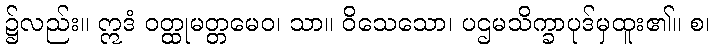
၌လည်း။ ဣဒံ ဝတ္ထုမတ္တမေဝ၊ သာ။ ဝိသေသော၊ ပဌမသိက္ခာပုဒ်မှထူး၏။ စ၊